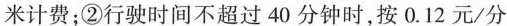
米计费；②行驶时间不超过40分钟时，按0.12元/分